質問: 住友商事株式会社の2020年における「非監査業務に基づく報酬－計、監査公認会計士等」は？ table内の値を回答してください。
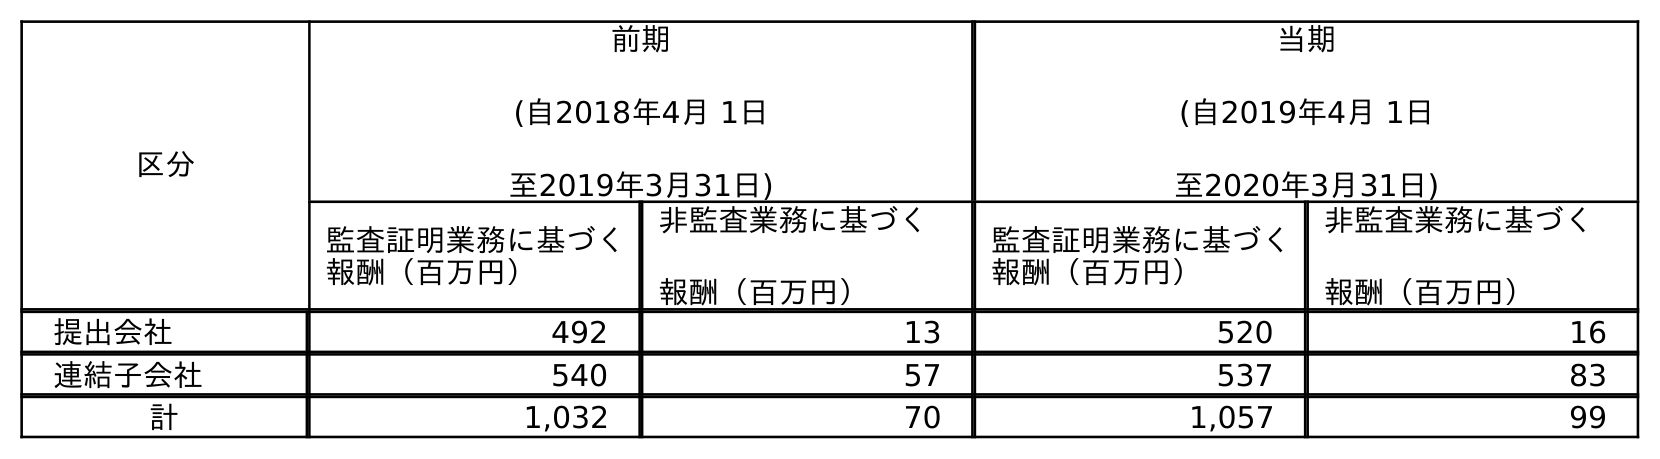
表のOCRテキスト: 区分 前期 (自2018年4月 1日 至2019年3月31日) 当期 (自2019年4月 1日 至2020年3月31日) 監査証明業務に基づく 報酬（百万円） 非監査業務に基づく 報酬（百万円） 監査証明業務に基づく 報酬（百万円） 非監査業務に基づく 報酬（百万円） 提出会社 492 13 520 16 連結子会社 540 57 537 83 計 1,032 70 1,057 99
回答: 99